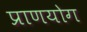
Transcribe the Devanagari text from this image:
प्राणयोग